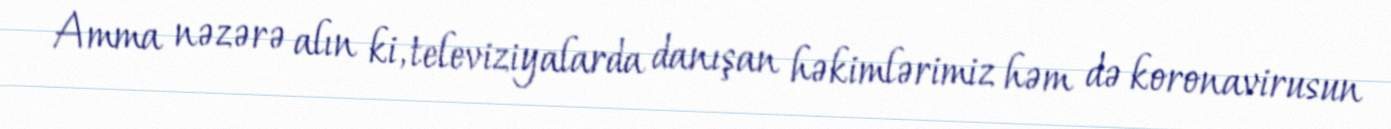
Amma nəzərə alın ki, televiziyalarda danışan həkimlərimiz həm də koronavirusun